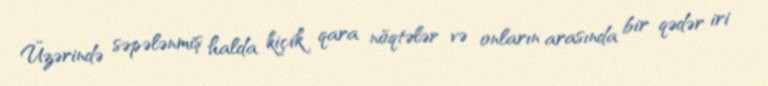
Üzərində səpələnmiş halda kiçik qara nöqtələr və onların arasında bir qədər iri